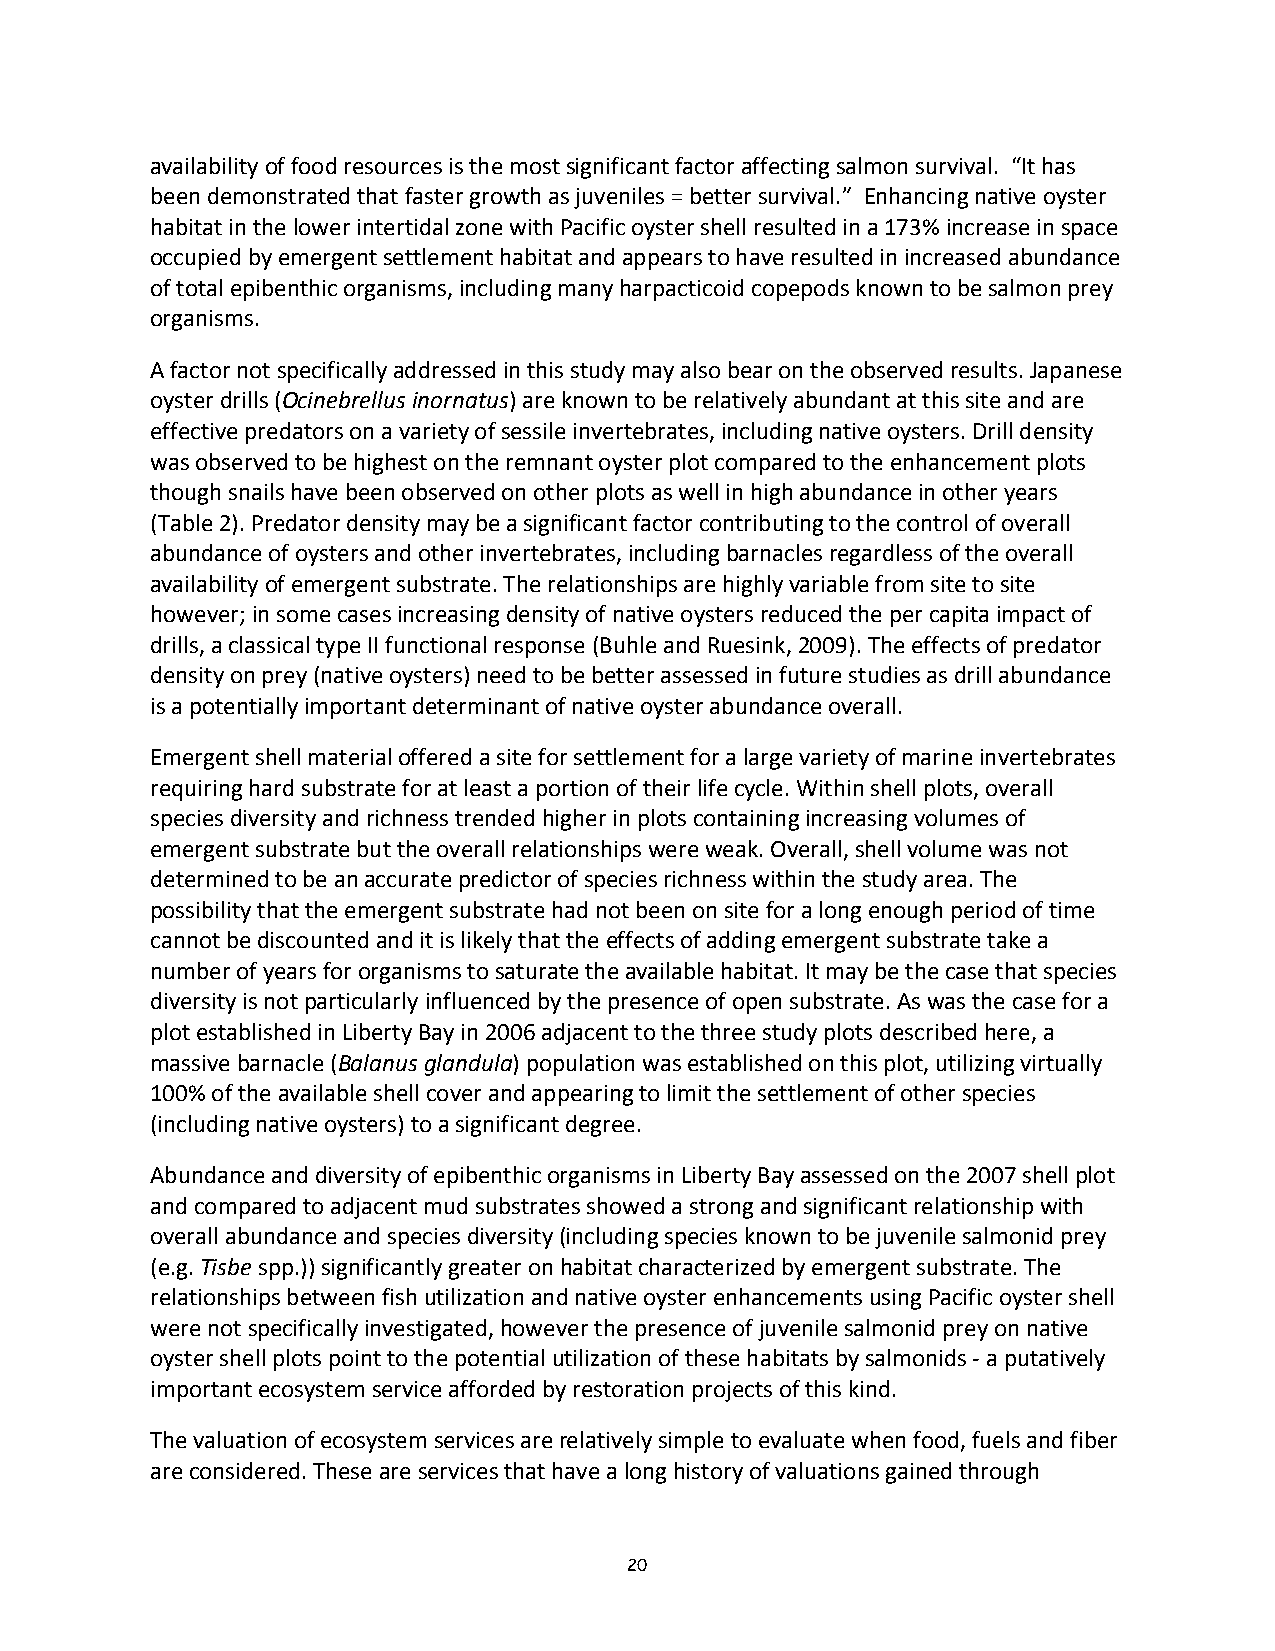
availability of food resources is the most significant factor affecting salmon survival. “It has
 been demonstrated that faster growth as juveniles = better survival.” Enhancing native oyster
 habitat in the lower intertidal zone with Pacific oyster shell resulted in a 173% increase in space
 occupied by emergent settlement habitat and appears to have resulted in increased abundance
 of total epibenthic organisms, including many harpacticoid copepods known to be salmon prey
 organisms.
 A factor not specifically addressed in this study may also bear on the observed results. Japanese
 oyster drills (Ocinebrellus inornatus) are known to be relatively abundant at this site and are
 effective predators on a variety of sessile invertebrates, including native oysters. Drill density
 was observed to be highest on the remnant oyster plot compared to the enhancement plots
 though snails have been observed on other plots as well in high abundance in other years
 (Table 2). Predator density may be a significant factor contributing to the control of overall
 abundance of oysters and other invertebrates, including barnacles regardless of the overall
 availability of emergent substrate. The relationships are highly variable from site to site
 however; in some cases increasing density of native oysters reduced the per capita impact of
 drills, a classical type II functional response (Buhle and Ruesink, 2009). The effects of predator
 density on prey (native oysters) need to be better assessed in future studies as drill abundance
 is a potentially important determinant of native oyster abundance overall.
 Emergent shell material offered a site for settlement for a large variety of marine invertebrates
 requiring hard substrate for at least a portion of their life cycle. Within shell plots, overall
 species diversity and richness trended higher in plots containing increasing volumes of
 emergent substrate but the overall relationships were weak. Overall, shell volume was not
 determined to be an accurate predictor of species richness within the study area. The
 possibility that the emergent substrate had not been on site for a long enough period of time
 cannot be discounted and it is likely that the effects of adding emergent substrate take a
 number of years for organisms to saturate the available habitat. It may be the case that species
 diversity is not particularly influenced by the presence of open substrate. As was the case for a
 plot established in Liberty Bay in 2006 adjacent to the three study plots described here, a
 massive barnacle (Balanus glandula) population was established on this plot, utilizing virtually
 100% of the available shell cover and appearing to limit the settlement of other species
 (including native oysters) to a significant degree.
 Abundance and diversity of epibenthic organisms in Liberty Bay assessed on the 2007 shell plot
 and compared to adjacent mud substrates showed a strong and significant relationship with
 overall abundance and species diversity (including species known to be juvenile salmonid prey
 (e.g. Tisbe spp.)) significantly greater on habitat characterized by emergent substrate. The
 relationships between fish utilization and native oyster enhancements using Pacific oyster shell
 were not specifically investigated, however the presence of juvenile salmonid prey on native
 oyster shell plots point to the potential utilization of these habitats by salmonids ‐ a putatively
 important ecosystem service afforded by restoration projects of this kind.
 The valuation of ecosystem services are relatively simple to evaluate when food, fuels and fiber
 are considered. These are services that have a long history of valuations gained through
 20